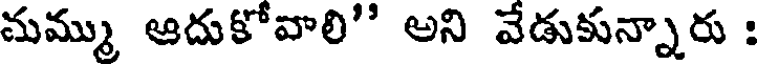
మమ్ము ఆదుకోవాలి" అని వేడుకున్నారు :